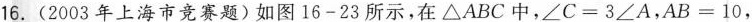
16.(2003年上海市竞赛题)如图16-23所示，在△ABC中，$$∠ C = 3 ∠ A$$，$$A B = 1 0$$，